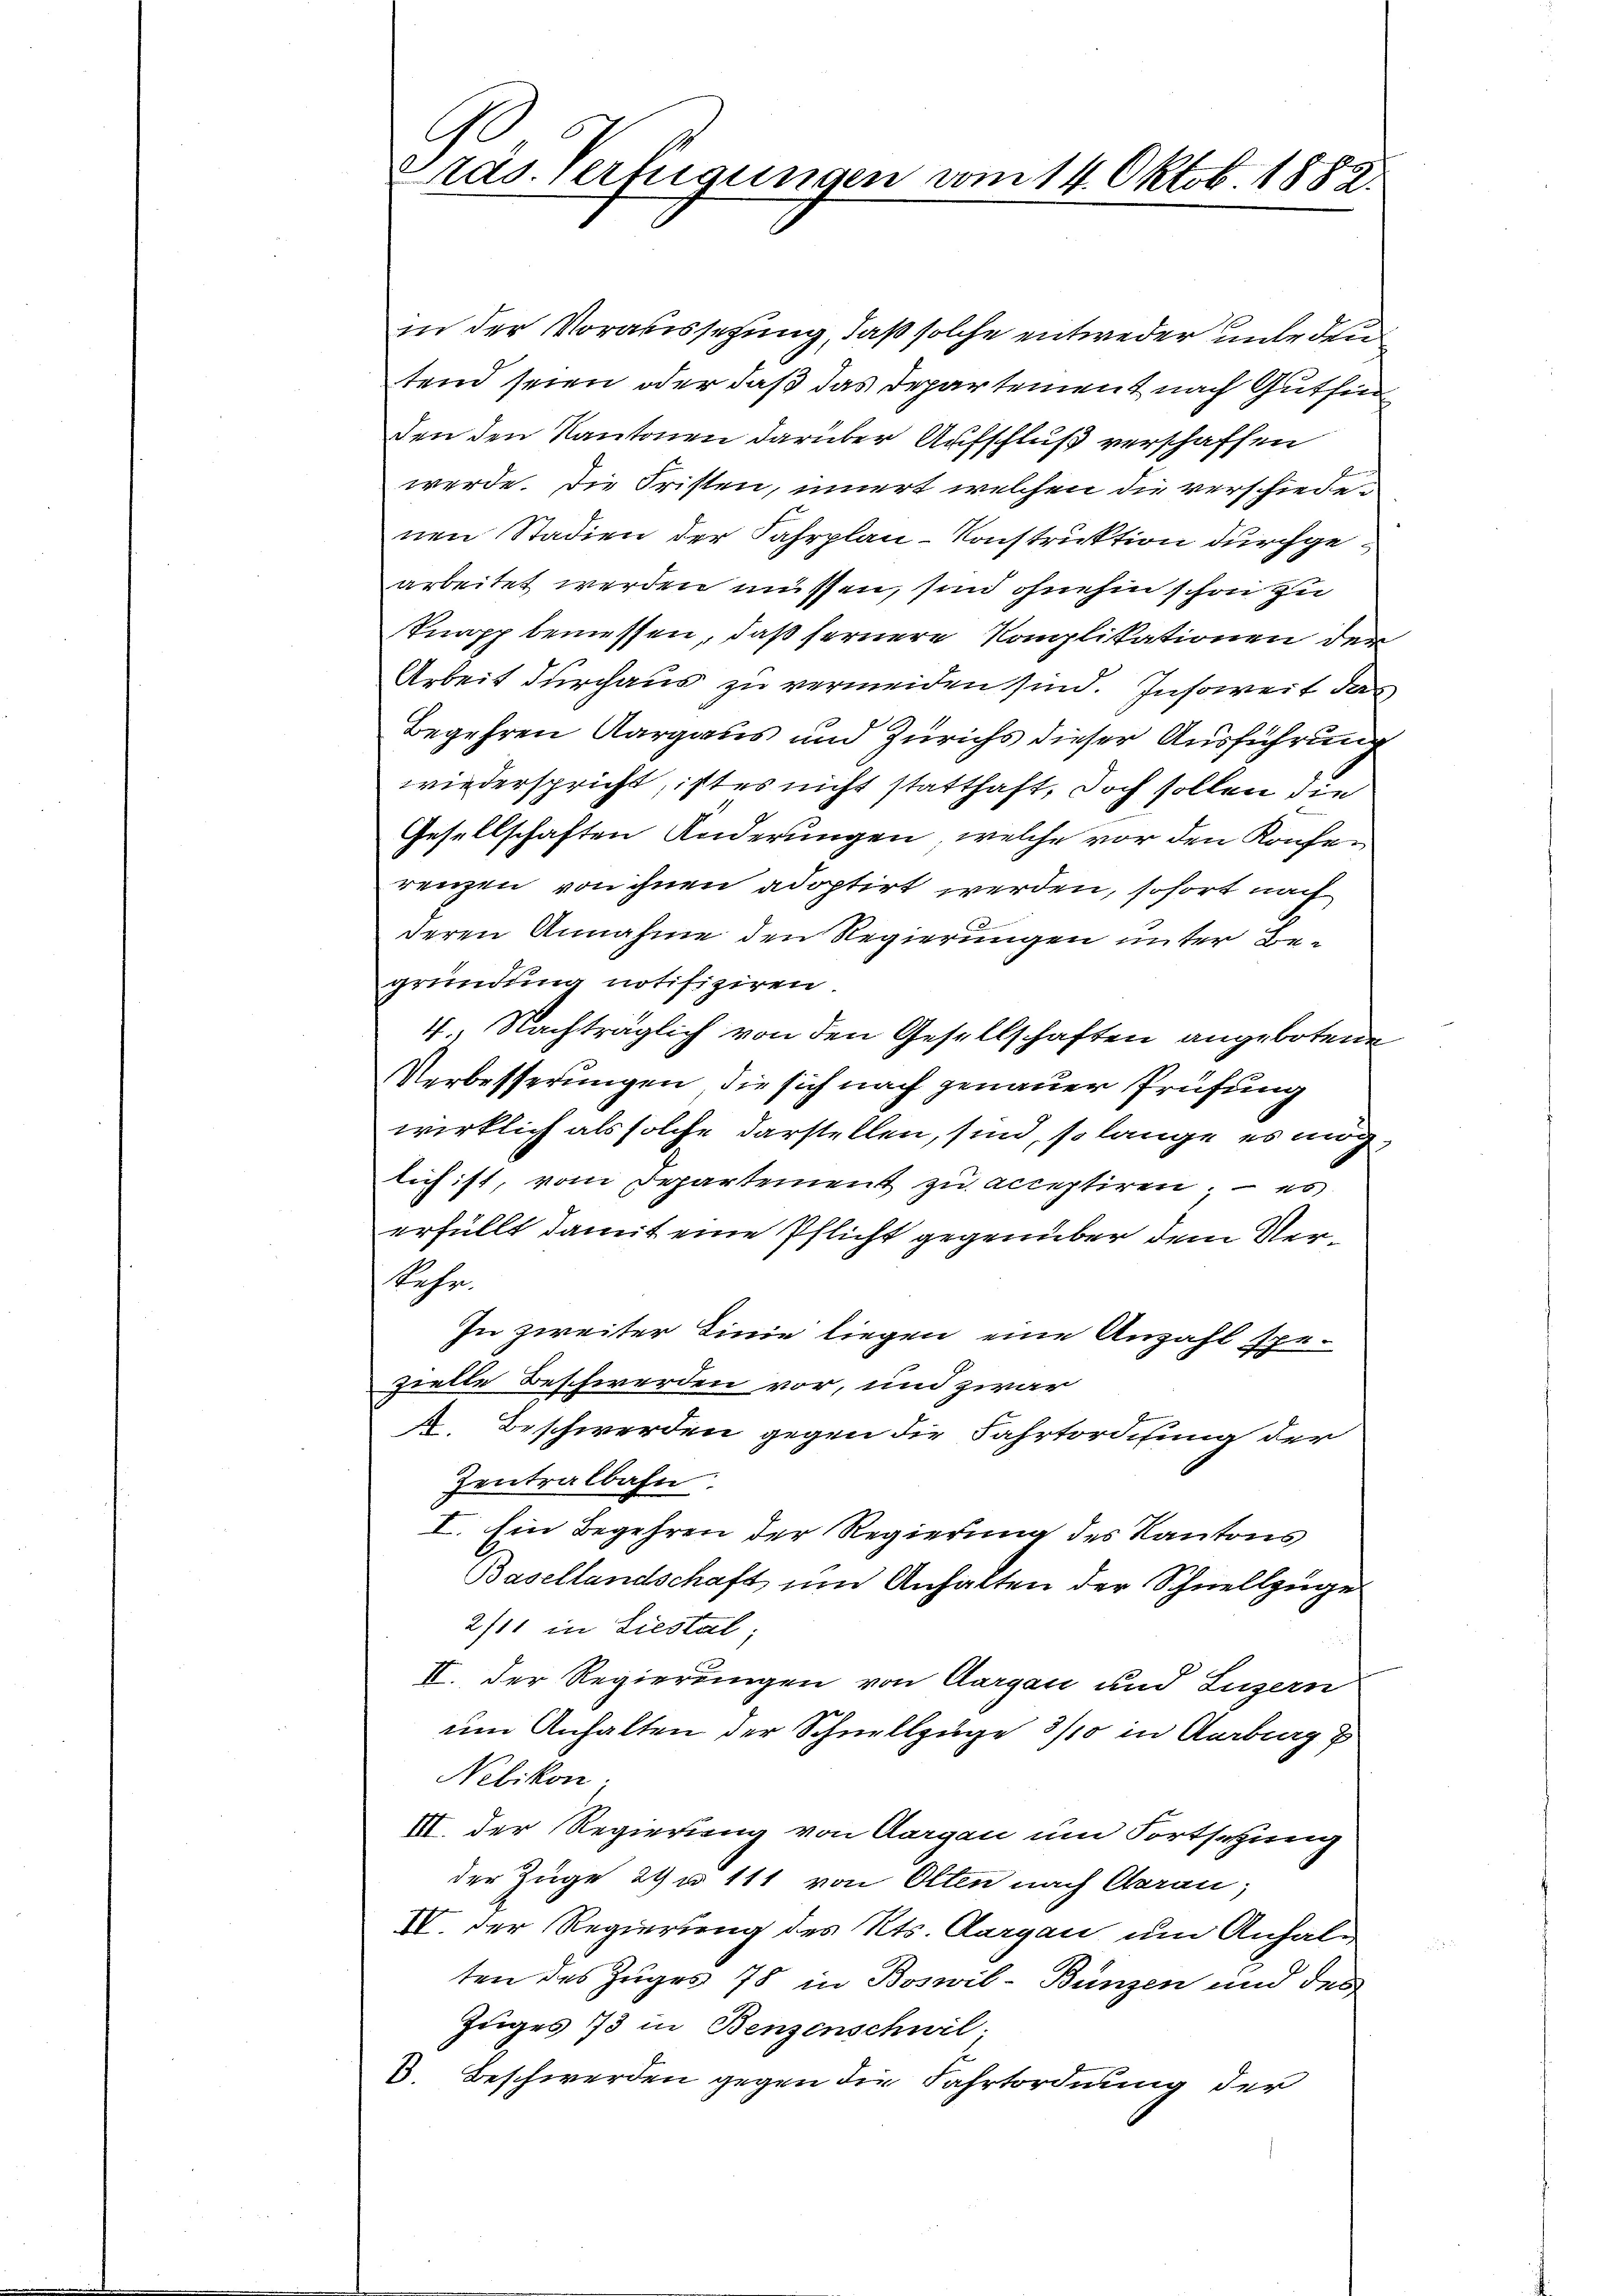
C
räs. Verfügungen vom 14. Oktob. 1882.

in der Voraussetzung, daß solche entweder unter den
tend seien oder daß das Departement nach Gutfin
den den Kantonen darüber Aufschluß verschaffen
werde. Die Fristen, innert welchen die verschiedenen Stadien der Fahrplan-Konstruktion durchgearbeitet werden müssen, sind ohnehin schon zu
Tnapp bemessen, daß fernere Komplikationen der
Arbeit durchaus zu vermeiden sind. Insoweit der
Begehren Aargaus und Zürichs dieser Ausführung
wiederspricht, ist es nicht statthaft, doch sollen die
Gesellschaften Änderungen, welche vor den Konferenzen von ihnen adoptirt werden, sofort nach
deren Annahme den Regierungen unter Begründung notifiziren.
4. Nachträglich von den Gesellschaften angebotene
Verbesserungen, die sich nach genauer Prüfung
wirklich als solche darstellen, sind, so lange es möglich ist, vom Departement zu acceptiren, – es
erfüllt damit eine Pflicht gegenüber dem Ver¬
Kehr
In zweiter Linie liegen eine Anzahl spezielle Beschwerden vor, und zwar
A. Beschwerden gegen die Fahrtordnung der
Zentralbahn
I. Ein Begehren der Regierung des Kantons
Basellandschaft und Anhalten der Schnellzüge
2/11 in Liestal
II. Der Regierungen von Aargau und Luzern
um Anhalten der Schnellzüge 3/10 in Aarburg
Nebikon.
III. der Regierung von Aargau um Fortsetzung
der Züge 29 u 111 von Otten nach Garan,
IV. Der Regierung des Kts. Aargau um Anhalten des Zuges 78 in Boswil-Bunzen und des
Zuges 73 in Benzenschwil.
V. Beschwerden gegen die Fahrtordnung der